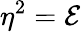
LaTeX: \eta^{2}=\mathcal{E}